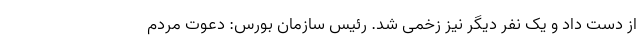
از دست داد و یک نفر دیگر نیز زخمی شد. رئیس سازمان بورس: دعوت مردم